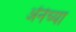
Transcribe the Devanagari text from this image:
अॅनेच्या